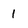
Character: 1